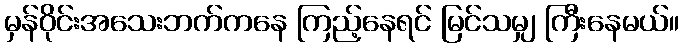
မှန်ဝိုင်းအသေးဘက်ကနေ ကြည့်နေရင် မြင်သမျှ ကြီးနေမယ်။